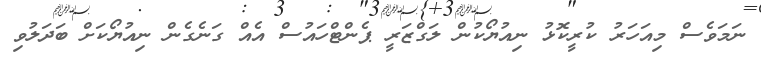
ނަމަވެސް މިއަހަރު ކުރީކޮޅު ނިއުޔޯކުން ލަގްޒަރީ ޕެންޓްހައުސް އެއް ގަނެގެން ނިއުޔޯކަށް ބަދަލުވި